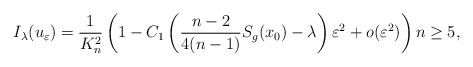
\begin{align*} I_\lambda(u_\varepsilon)=\frac{1}{K_n^2}\left(1-C_1\left(\frac{n-2}{4(n-1)}S_g(x_0)-\lambda \right)\varepsilon^2+o(\varepsilon^2) \right)n\geq 5,\\ \end{align*}